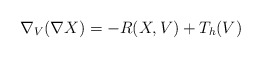
\begin{align*}\nabla_V (\nabla X) = - R(X, V) + T_h (V) \end{align*}